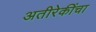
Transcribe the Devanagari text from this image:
अतीरेकींचा